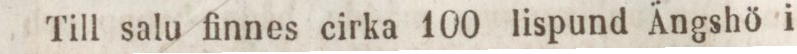
Till salu finnes cirka 100 lispund Ängshö i